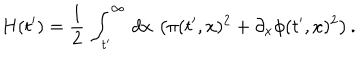
H ( t ^ { \prime } ) = { \frac { 1 } { 2 } } \, \int _ { t ^ { \prime } } ^ { \infty } \, d x \, \left( \pi ( t ^ { \prime } , x ) ^ { 2 } + \partial _ { x } \phi ( t ^ { \prime } , x ) ^ { 2 } \right) .